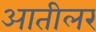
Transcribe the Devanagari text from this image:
आतीलर